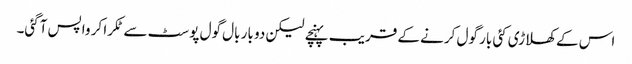
اس کے کھلاڑی کئی بار گول کرنے کے قریب پہنچے لیکن دو بار بال گول پوسٹ سے ٹکرا کر واپس آگئی۔